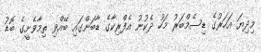
މިދިޔަ އަހަރުގެ ޑިސެމްބަރު މަހު ދެކުނު އެފްރިކާގެ ޑާބަންގައި ބޭއްވި ތިމާވެށީގެ ބޮޑު